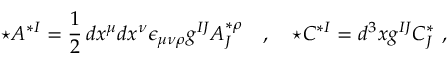
\star A ^ { * I } = \frac 1 2 \, d x ^ { \mu } d x ^ { \nu } \epsilon _ { \mu \nu \rho } g ^ { I J } A _ { J } ^ { * \rho } \quad , \quad \star C ^ { * I } = d ^ { 3 } x g ^ { I J } C _ { J } ^ { * } \ ,